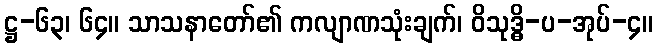
ဋ္ဌ-၆၃၊ ၆၄။ သာသနာတော်၏ ကလျာဏသုံးချက်၊ ဝိသုဒ္ဓိ-ပ-အုပ်-၄။